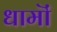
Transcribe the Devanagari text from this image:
धामॊं